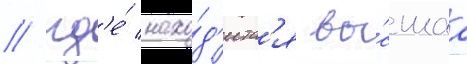
/ гд'е́ нахо́д'итс'я вы́сшаа